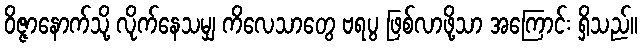
ဝိဇ္ဇာနောက်သို့ လိုက်နေသမျှ ကိလေသာတွေ ဗရပွ ဖြစ်လာဖို့သာ အကြောင်း ရှိသည်။